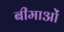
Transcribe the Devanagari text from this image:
बीमाओं